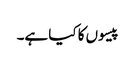
پیسوں کا کیا ہے۔